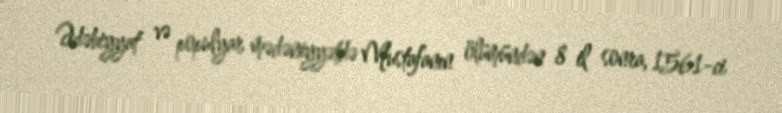
Ədəbiyyat və populyar mədəniyyətdə Mustafanın ölümündən 8 il sonra, 1561-ci